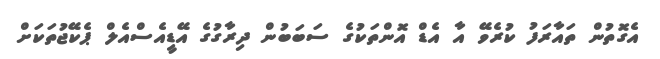
އެގޮތުން ތައާރަފު ކުރެވޭ އާ އެޑް އޮންތަކުގެ ސަބަބުން ދިރާގުގެ އޭޑީއެސްއެލް ޕެކޭޖުތަކަށް